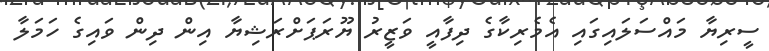
ސީރިޔާ މައްސަލައިގައި އެމެރިކާގެ ދިފާއީ ވަޒީރު ޔޫރަޕަށްރަޝިޔާ އިން ދިން ވައިގެ ހަމަލާ